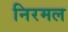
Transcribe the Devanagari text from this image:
निरमल